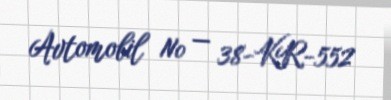
Avtomobil № — 38-KR-552